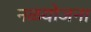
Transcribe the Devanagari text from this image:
नळयोजना